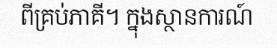
ពីគ្រប់ភាគី។ ក្នុងស្ថានការណ៍